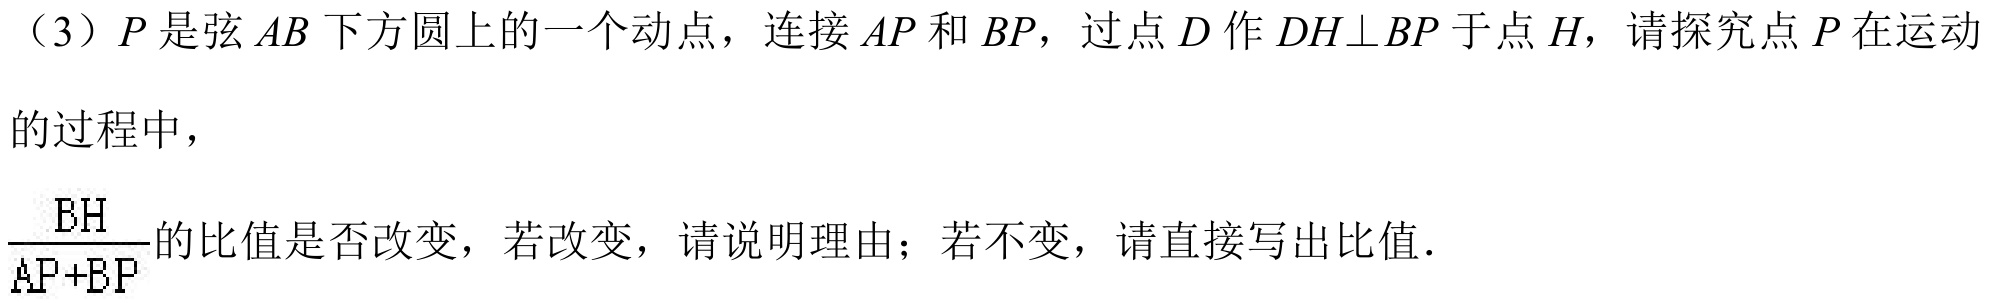
（3）\(P\)是弦\(AB\)下方圆上的一个动点，连接\(AP\)和\(BP\)，过点\(D\)作\(DH\perp BP\)于点\(H\)，请探究点\(P\)在运动的过程中，\(\frac{BH}{AP + BP}\)的比值是否改变，若改变，请说明理由；若不变，请直接写出比值．